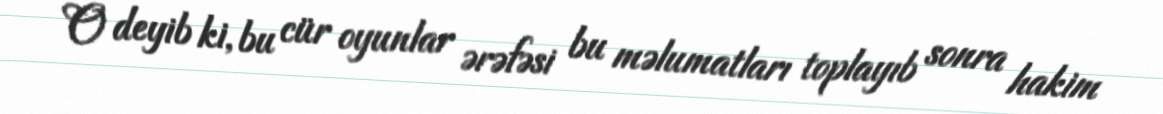
O deyib ki, bu cür oyunlar ərəfəsi bu məlumatları toplayıb sonra hakim